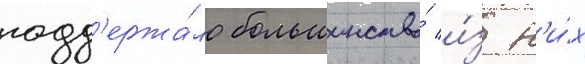
подд'ержа́ло большинство́ и́з н'и́х